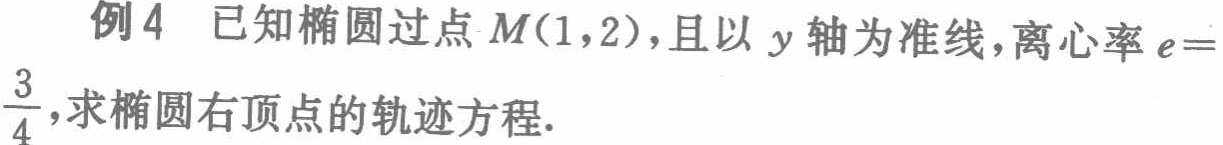
例4 已知椭圆过点\(M(1,2)\)，且以\(y\)轴为准线，离心率\(e = \frac{3}{4}\)，求椭圆右顶点的轨迹方程.